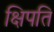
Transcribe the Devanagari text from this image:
क्षिपति